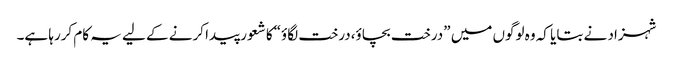
شہزاد نے بتایا کہ وہ لوگوں میں ”درخت بچاؤ،درخت لگاؤ“کا شعور پیدا کرنے کے لیے یہ کام کررہا ہے۔